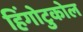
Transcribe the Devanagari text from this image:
हिंगोटुकोल